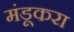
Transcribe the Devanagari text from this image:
मंडूकरा